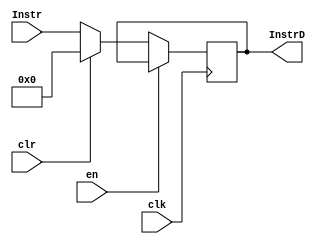
`timescale 1ns / 1ps
//////////////////////////////////////////////////////////////////////////////////
// Company: 
// Engineer: 
// 
// Design Name: 
// Module Name:    Instr_Lach 
// Project Name: 
// Target Devices: 
// Tool versions: 
// Description: 
//
// Dependencies: 
//
// Revision: 
// Revision 0.01 - File Created
// Additional Comments: 
//
//////////////////////////////////////////////////////////////////////////////////
module Instr_Lach(
	input wire clk,
	input wire en,
	input wire clr,
	input wire [31:0] Instr,
	output reg [31:0] InstrD
    );

always@(posedge clk)
begin
	if(en == 0)
	begin
		if(clr)
		begin
			InstrD <= 0;
		end
		else
		begin
			InstrD <= Instr;
		end
	end
end


endmodule